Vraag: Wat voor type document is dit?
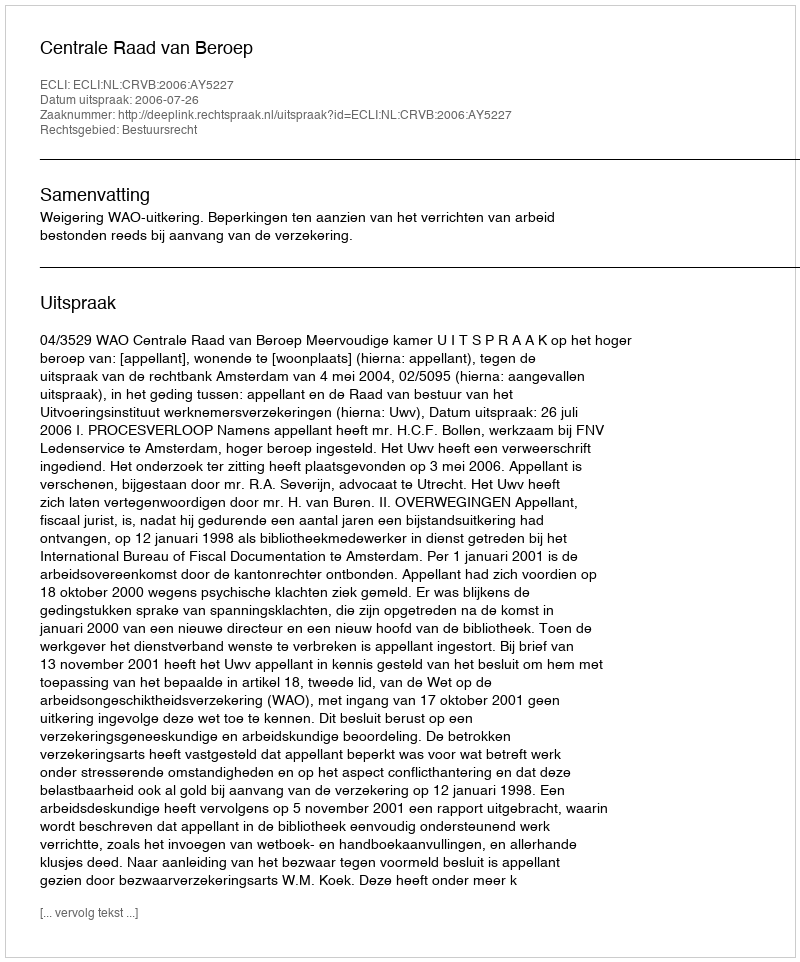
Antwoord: Uitspraak